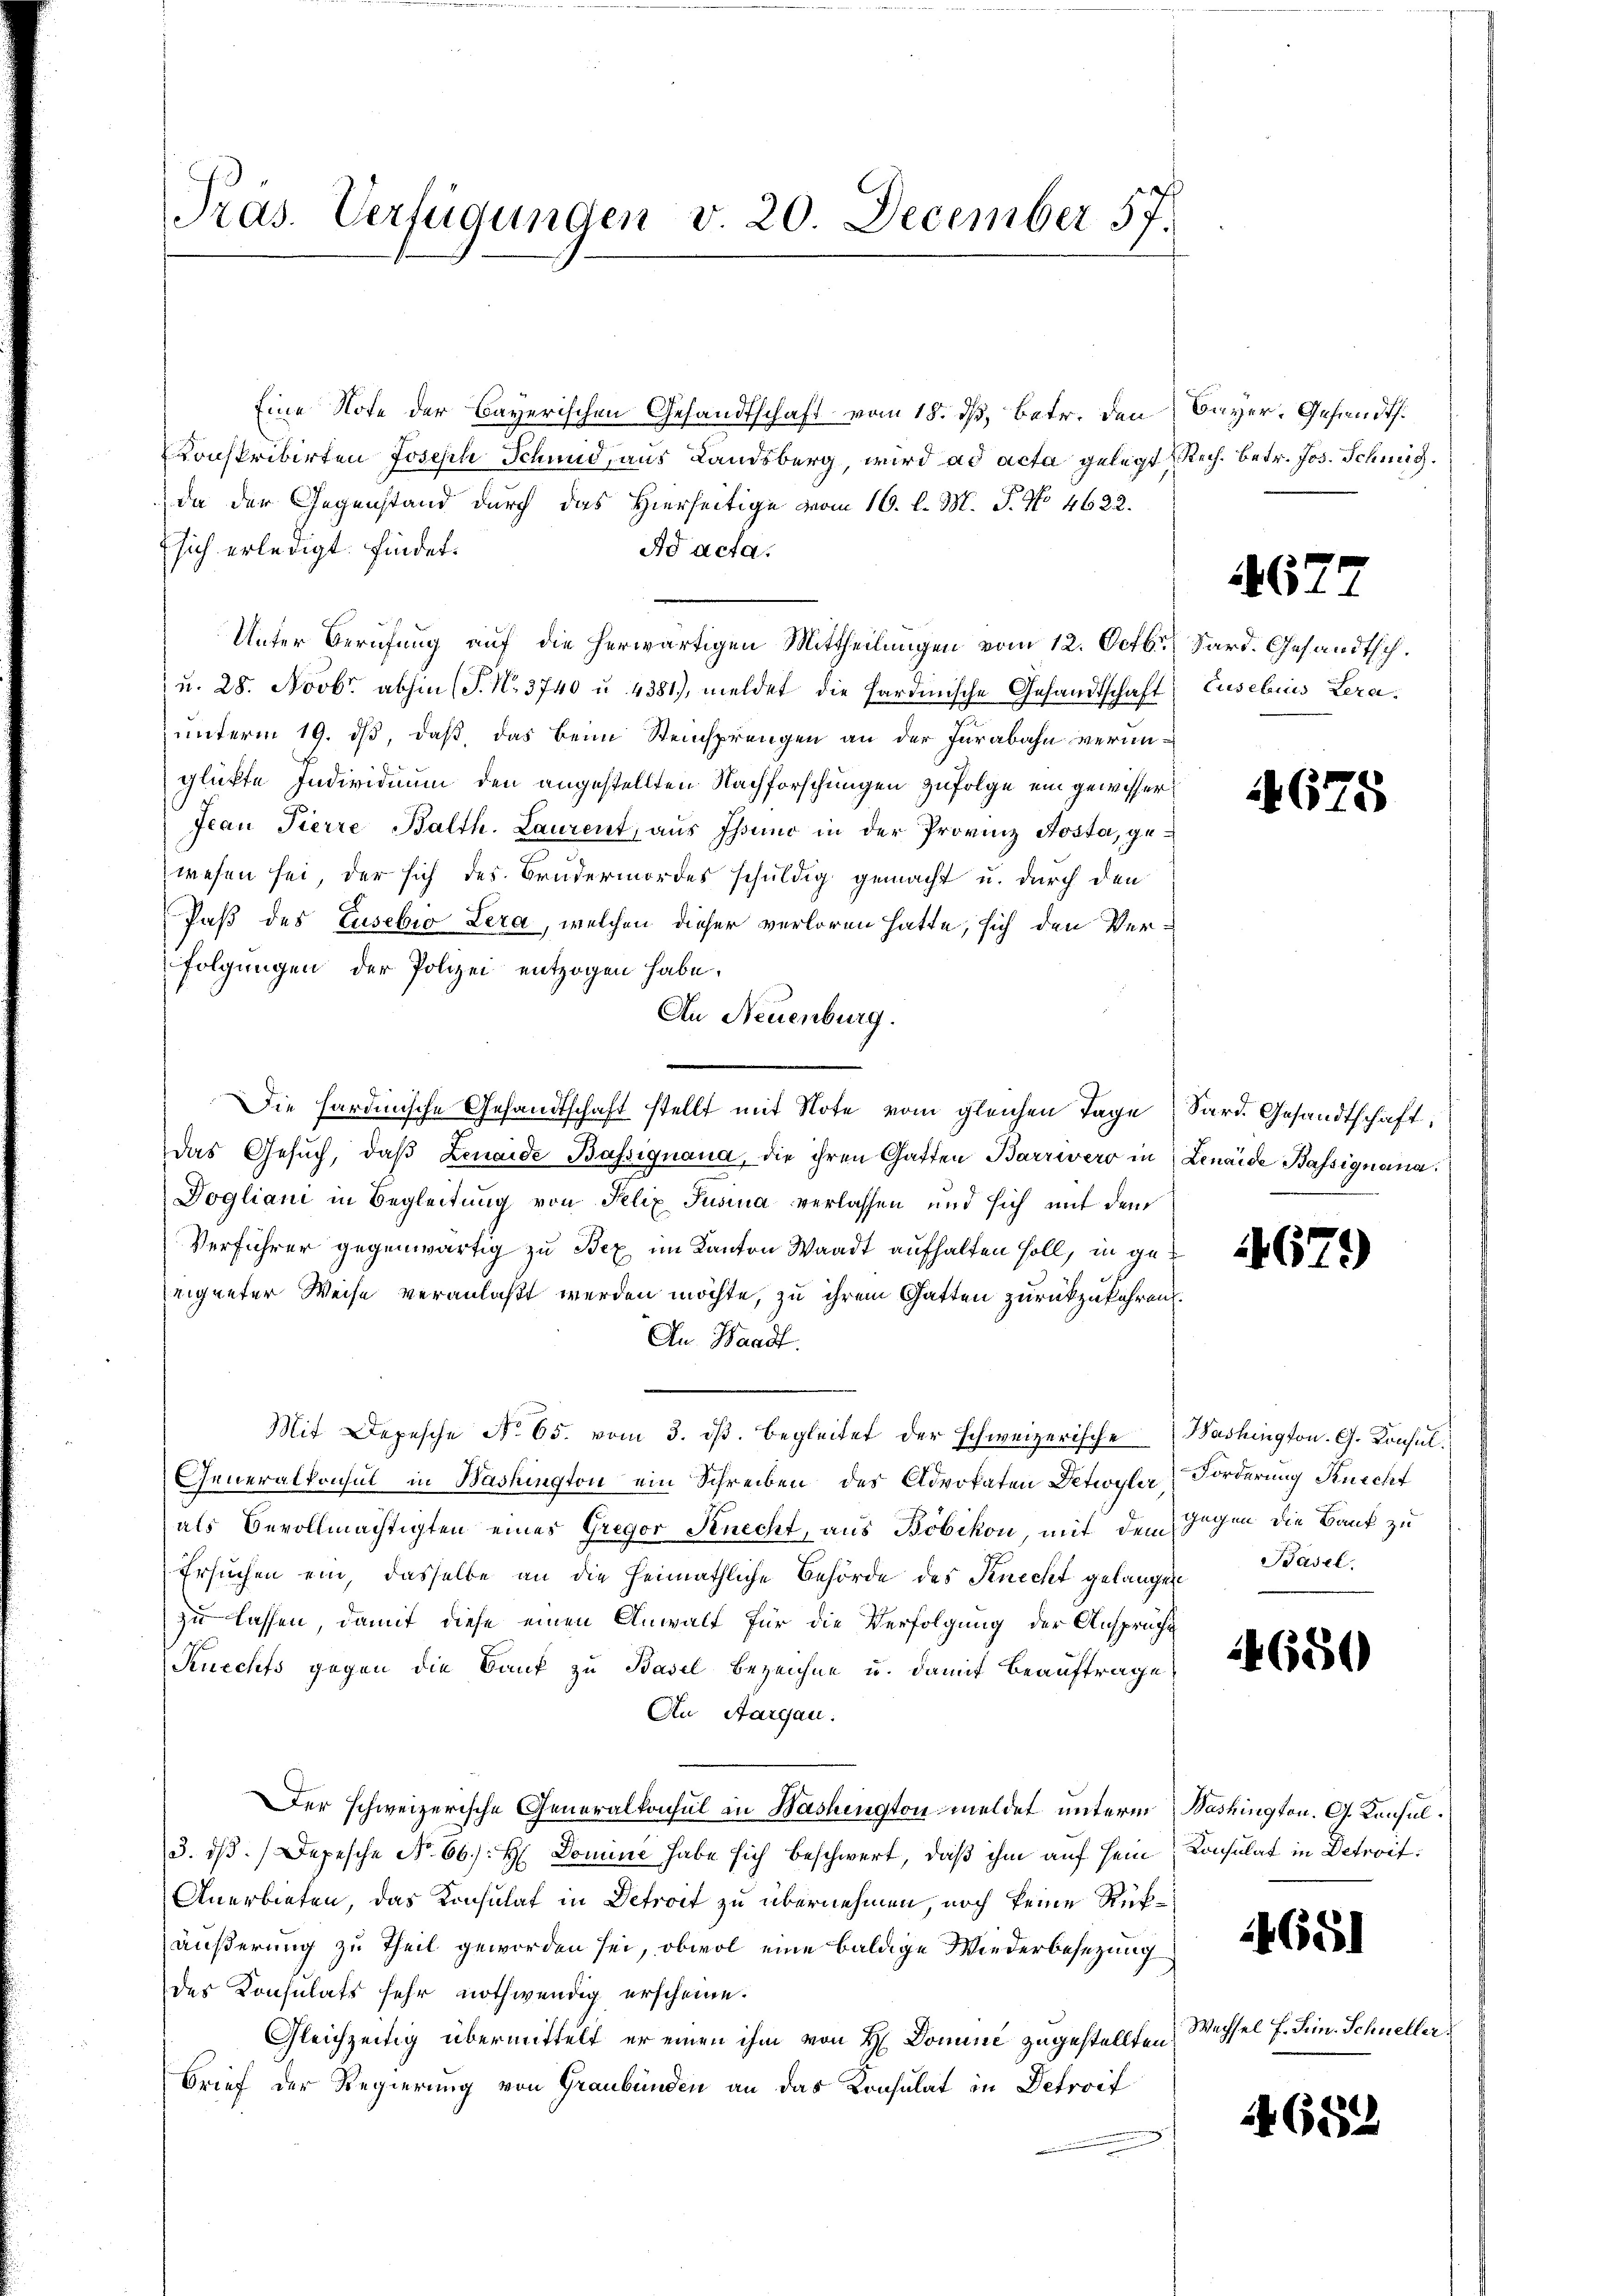
Präs. Verfügungen v. 20. December 57.

Eine Note der Bayerischen Gesandtschaft vom 18. ds, betr. den Bayer, Gesandt.
Konskribirten Joseph Schmid, aus Landsberg, wird ad acta gelegt Rech. betr. Jos. Schmid.
 da der Gegenstand durch das Hierseitige vom 16. l. M. P. No 4622.
Esich erledigt. Finder¬
Ad acta.
Unter Berufung auf die herwärtigen Mittheilungen vom 12. Octbr. Sard. Gesandtsch.
u. 28. Novbr. abhin (S. Nr. 3740 u. 4381), meldet die Hardmische Gesandtschaft) Cusebuis Leraunterm 19. ds, daß, das beim Steinsprungen an der Jurabahn verunglükte Individuum den angestellten Nachforschungen zufolge ein gewisser¬
Jean Pierre Balth. Laurent, aus Thuno in der Provinz Aosta, gewesen sei, der sich des Brudermordes schuldig gemacht u. durch den
Paß des Lusebio Lera, welchen dieser verloren hatte, sich den Verfolgungen der Polizei entzogen habe.
An Neuenburg.
Die hardinische Gesandtschaft stellt mit Note vom gleichen Tage Sard. Gesandtschaft,
das Gesŭch, daβ Lenaide Bassignana, die ihren Gatten Barrivero in Lenaide Bassignana.
Dogliani in Begleitung von Felix Jusina verlassen und sich mit dem
Verführer gegenwärtig zu Bex im Kanton Waadt aufhalten soll, in geeigneter Weise veranlaßt werden möchte, zu ihrem Gatten zurückzukehren.
An Waadt.
Mit Depesche No. 65. vom 3. dβ. begleitet der schweizerische Washington. G. Konsul¬
Generalkonsul in Washington ein Schreiben des Advokaten Detiogler Forderung Knecht
als Bevollmächtigten eines Gregor Knecht, aus Böbikon, mit dem Gegen die Bank zu
Ersuchen ein, dasselbe an die Heimathliche Behörde des Knecht gelangen Basel
zu lassen, damit diese einen Anwalt für die Verfolgung der Ansprücht
Senechts gegen die Bauf zu Basel bezeichne u. damit Beauftrage,
An Aargau.
Der schweizerische Generalkonsul in Washington meldet unterm Washington. G. Konsul¬
3. ds. Depesche No. 66. H. Domine habe sich beschwert, daß ihm auf sein Consulat in Detroit
Anerbieten, das Konsulat in Detract zu übernehmen, noch keine Rükäußerung zu Theil geworden sei, obwol eine baldige Wiederbesezung
des Konsulats sehr nothwendig erscheine.
Gleichzeitig übermittelt er einen ihm von H. Domine zugestellten
Brief der Regierung von Graubünden an das Konsulat in Detroit

4677

4675

4671)

14650

4681

Wechsel F. Sein. Schneller.

4682